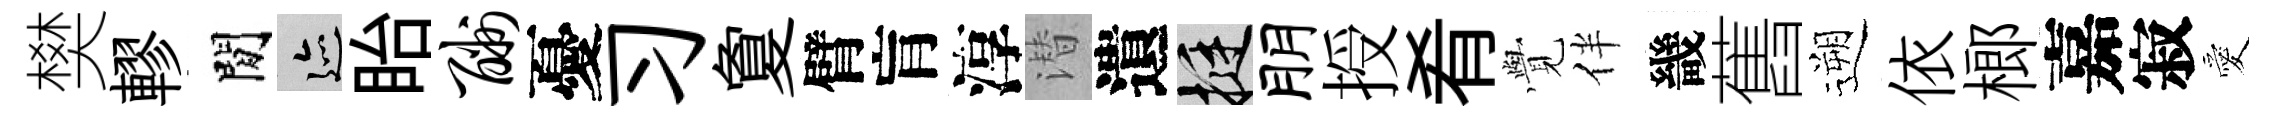
樊轇閒迹眙酬憂习夐臂肓淳潜遺挺朋授肴𮗜伴畿舊遡依榔嘉寂愛